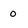
Character: 0